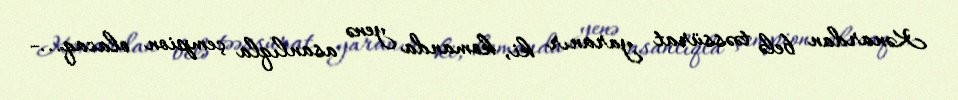
Kənardan belə təəssürat yaranır ki, komanda yenə asanlıqla çempion olacaq...-